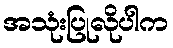
အသုံးပြုလိုပါက